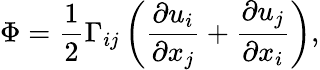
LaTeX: \Phi=\frac{1}{2}{\Gamma_{ij}}\left(\frac{\partial u_{i}}{\partial x_{j}}+\frac{\partial u_{j}}{\partial x_{i}}\right),